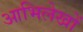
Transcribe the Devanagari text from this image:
आभिलेखों